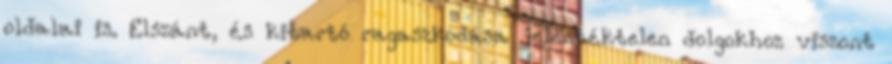
oldalai is. Elszánt, és kitartó ragaszkodása jelentéktelen dolgokhoz viszont